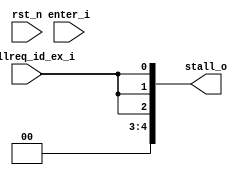
module ctrl (
    input  wire rst_n,

    // input  wire stallreq_id_i,
    // input  wire stallreq_ex_i,
    // input  wire stallreq_mem_i,
    // input  wire stallreq_wb_i,
    input  wire stallreq_id_ex_i,
    input  wire enter_i,

    output wire [4:0] stall_o
);
    // version 2.0 including stallreq from id_ex ONLY
    assign stall_o[0] = stallreq_id_ex_i;   // to pc_reg
    assign stall_o[1] = stallreq_id_ex_i;   // to if_id
    assign stall_o[2] = stallreq_id_ex_i;   // to id_ex
    assign stall_o[3] = 1'b0;               // to ex_mem
    // assign stall_o[4] = stallreq_id_ex_i;   // to mem_wb
    assign stall_o[4] = 1'b0; 
    // assign stall_o[5] = stallreq_id_ex_i;   // to regfile

    // version 1.0
    // assign stall_o = 5'b0;

endmodule